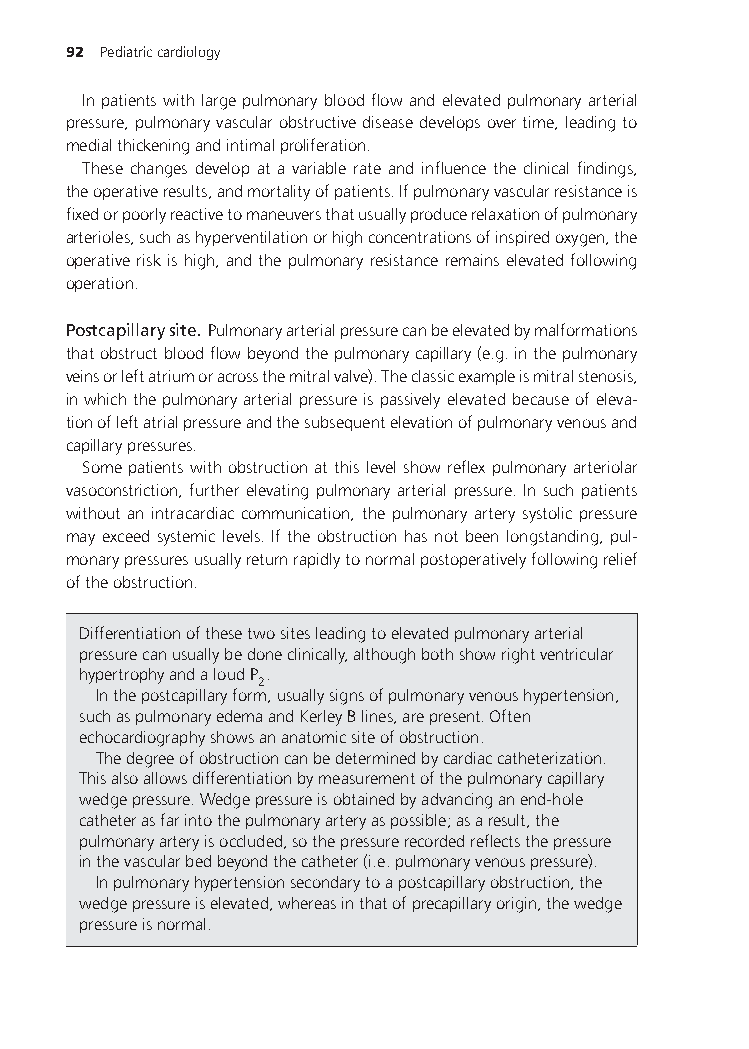
92 Pediatriccardiology
 Inpatientswithlargepulmonarybloodflowandelevatedpulmonaryarterial
 pressure,pulmonaryvascularobstructivediseasedevelopsovertime,leadingto
 medialthickeningandintimalproliferation.
 These changes develop at a variable rate and influence the clinical findings,
 theoperativeresults,andmortalityofpatients.Ifpulmonaryvascularresistanceis
 fixedorpoorlyreactivetomaneuversthatusuallyproducerelaxationofpulmonary
 arterioles,suchashyperventilationorhighconcentrationsofinspiredoxygen,the
 operativeriskishigh,andthepulmonaryresistanceremainselevatedfollowing
 operation.
 Postcapillarysite. Pulmonaryarterialpressurecanbeelevatedbymalformations
 thatobstructbloodflowbeyondthepulmonarycapillary(e.g.inthepulmonary
 veinsorleftatriumoracrossthemitralvalve).Theclassicexampleismitralstenosis,
 inwhichthepulmonaryarterialpressureispassivelyelevatedbecauseofeleva-
 tionofleftatrialpressureandthesubsequentelevationofpulmonaryvenousand
 capillarypressures.
 Somepatientswithobstructionatthislevelshowreflexpulmonaryarteriolar
 vasoconstriction, further elevating pulmonary arterial pressure. In such patients
 without an intracardiac communication, the pulmonary artery systolic pressure
 may exceed systemic levels. If the obstruction has not been longstanding, pul-
 monarypressuresusuallyreturnrapidlytonormalpostoperativelyfollowingrelief
 oftheobstruction.
 Differentiationofthesetwositesleadingtoelevatedpulmonaryarterial
 pressurecanusuallybedoneclinically,althoughbothshowrightventricular
 hypertrophyandaloudP .
 2
 Inthepostcapillaryform,usuallysignsofpulmonaryvenoushypertension,
 suchaspulmonaryedemaandKerleyBlines,arepresent.Often
 echocardiographyshowsananatomicsiteofobstruction.
 Thedegreeofobstructioncanbedeterminedbycardiaccatheterization.
 Thisalsoallowsdifferentiationbymeasurementofthepulmonarycapillary
 wedgepressure.Wedgepressureisobtainedbyadvancinganend-hole
 catheterasfarintothepulmonaryarteryaspossible;asaresult,the
 pulmonaryarteryisoccluded,sothepressurerecordedreflectsthepressure
 inthevascularbedbeyondthecatheter(i.e.pulmonaryvenouspressure).
 Inpulmonaryhypertensionsecondarytoapostcapillaryobstruction,the
 wedgepressureiselevated,whereasinthatofprecapillaryorigin,thewedge
 pressureisnormal.